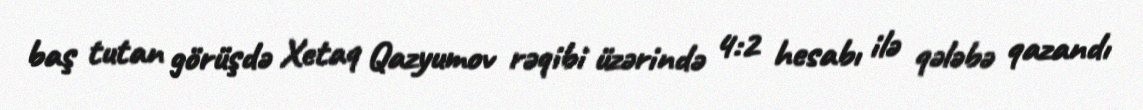
baş tutan görüşdə Xetaq Qazyumov rəqibi üzərində 4:2 hesabı ilə qələbə qazandı